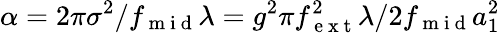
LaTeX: \alpha=2\pi\sigma^{2}/f_{\mathrm{~m~i~d~}}\lambda=g^{2}\pi f_{\mathrm{~e~x~t~}}^{2}\lambda/2f_{\mathrm{~m~i~d~}}a_{1}^{2}